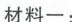
材料一：